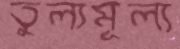
তুল্যমূল্য